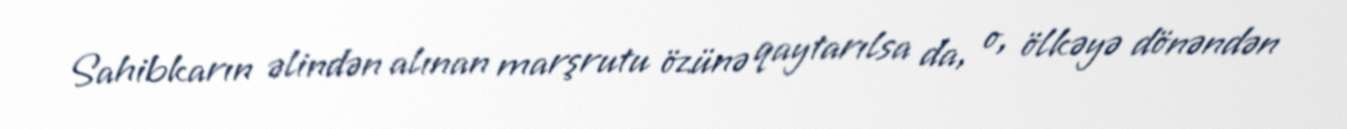
Sahibkarın əlindən alınan marşrutu özünə qaytarılsa da, o, ölkəyə dönəndən